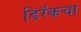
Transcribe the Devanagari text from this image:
डिरॅकचा